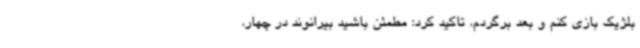
بلژیک بازی کنم و بعد برگردم، تاکید کرد: مطمئن باشید بیرانوند در چهار،